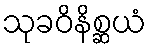
သုခဝိနိစ္ဆယံ